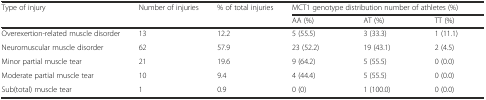
| Type of injury | Number of injuries | % of total injuries | <COLSPAN=3> MCT1 genotype distribution number of athletes (%) |
 |  |  |  | AA (%) | AT (%) | TT (%) |
 | --- | --- | --- | --- | --- | --- |
 | Overexertion-related muscle disorder | 13 | 12.2 | 5 (55.5) | 3 (33.3) | 1 (11.1) |
 | Neuromuscular muscle disorder | 62 | 57.9 | 23 (52.2) | 19 (43.1) | 2 (4.5) |
 | Minor partial muscle tear | 21 | 19.6 | 9 (64.2) | 5 (55.5) | 0 (0.0) |
 | Moderate partial muscle tear | 10 | 9.4 | 4 (44.4) | 5 (55.5) | 0 (0.0) |
 | Sub(total) muscle tear | 1 | 0.9 | 0 (0) | 1 (100.0) | 0 (0.0) |